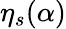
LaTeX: \eta_{s}(\alpha)